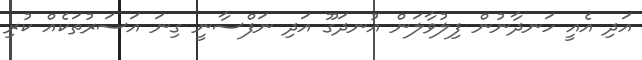
އަދި އެއީ ހަނދާނުން ފިލުވާލަން އުނދަގޫ އަދި ނަފްސާނީ ގިނަ އަސަރުތަކެއް ކުރި